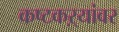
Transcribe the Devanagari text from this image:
कष्टकऱ्यांवर